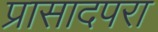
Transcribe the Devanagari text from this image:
प्रासादपरा